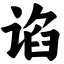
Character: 谄